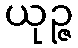
ယုဉ္ဇ